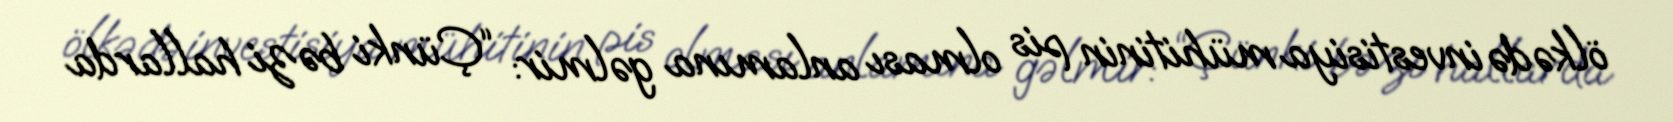
ölkədə investisiya mühitinin pis olması anlamına gəlmir: “Çünki bəzi hallarda